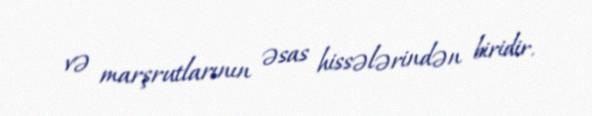
və marşrutlarının əsas hissələrindən biridir.